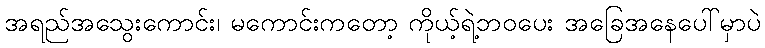
အရည်အသွေးကောင်း၊ မကောင်းကတော့ ကိုယ့်ရဲ့ဘဝပေး အခြေအနေပေါ်မှာပဲ